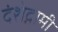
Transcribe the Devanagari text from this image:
दंशेद्गामी